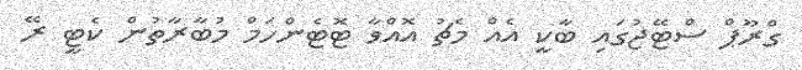
ގްރޫޕް ސްޓޭޖުގައި ބާކީ އެއް މެޗު އޮއްވާ ޓޮޓެންހަމް މުބާރާތުން ކެޓީ ރޭ